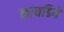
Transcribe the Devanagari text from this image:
कांवडिये